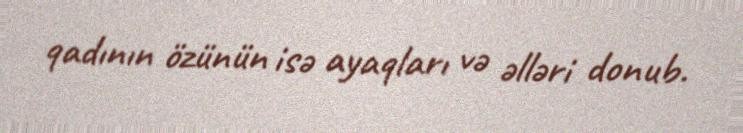
qadının özünün isə ayaqları və əlləri donub.